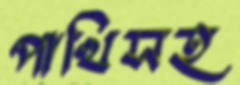
পাখিসহ